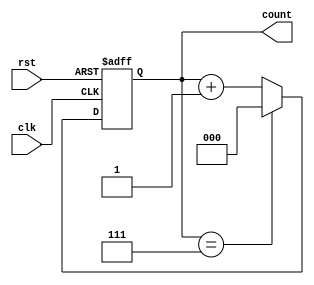
module binary_counter #(
    parameter N = 3  // Number of bits for the counter (default is 3 bits)
)(
    input wire clk,    // Clock input
    input wire rst,    // Asynchronous reset input
    output reg [N-1:0] count // Count output
);

// Always block for the counter logic
always @(posedge clk or posedge rst) begin
    if (rst) begin
        count <= 0; // Reset the count to zero
    end else begin
        if (count == (1 << N) - 1) begin
            count <= 0; // Wrap around to zero on overflow
        end else begin
            count <= count + 1; // Increment the count
        end
    end
end

endmodule